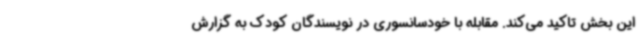
این بخش تاکید می‌کند. مقابله با خودسانسوری در نویسندگان کودک به گزارش